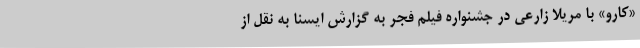
«کارو» با مریلا زارعی در جشنواره فیلم فجر به گزارش ایسنا به نقل از